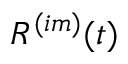
R ^ { ( i m ) } ( t )